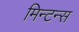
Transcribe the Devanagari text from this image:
मिन्टन्स